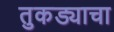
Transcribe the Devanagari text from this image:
तुकड्याचा